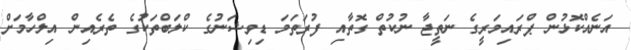
އަނެއްކޮޅުން ޕްރައިމަރީގެ ނަތީޖާ ނުކުތް ގޮތާއި ފުރަތަމަ ޑިވިޝަނުގެ ކްލަބްތަކުގެ ތެރެއިން އިލްހާމަށް